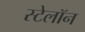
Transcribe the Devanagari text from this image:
स्टेलॉन